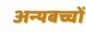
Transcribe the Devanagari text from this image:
अन्यबच्चों